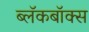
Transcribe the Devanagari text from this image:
ब्‍लॅकबॉक्स